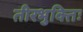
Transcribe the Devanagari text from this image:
तीरभुक्‍तिः